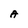
Character: A